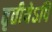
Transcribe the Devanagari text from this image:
तृतीयेऽपि